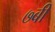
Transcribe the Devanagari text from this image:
७बी